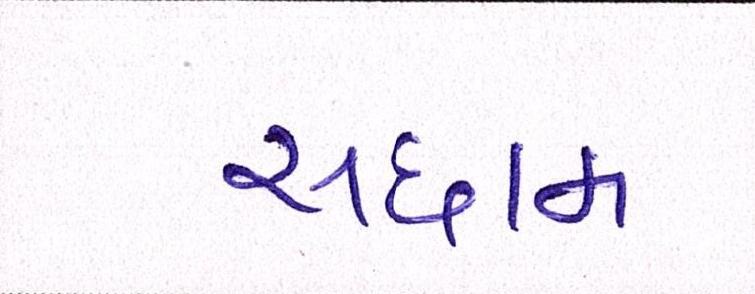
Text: સદ્દામ